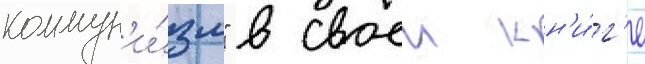
коммун'и́зм" в своеи кн'и́г'е